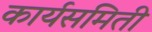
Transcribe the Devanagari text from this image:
कार्यसमिती